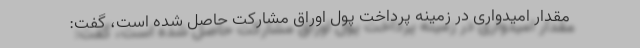
مقدار امیدواری در زمینه پرداخت پول اوراق مشارکت حاصل شده است، گفت: